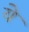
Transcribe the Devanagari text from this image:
येे